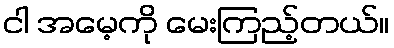
ငါ အမေ့ကို မေးကြည့်တယ်။